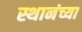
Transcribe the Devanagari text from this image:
स्थानंच्या